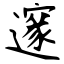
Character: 邃